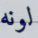
لونه